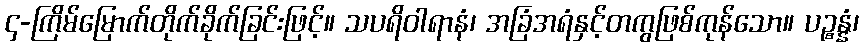
၄-ကြိမ်မြောက်တိုက်ခိုက်ခြင်းဖြင့်။ သပရိဝါရာနံ၊ အခြံအရံနှင့်တကွဖြစ်ကုန်သော။ ပဉ္စန္နံ၊